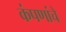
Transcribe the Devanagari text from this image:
कंपणांचे